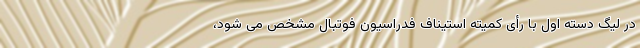
در لیگ دسته اول با رأی کمیته استیناف فدراسیون فوتبال مشخص می شود،